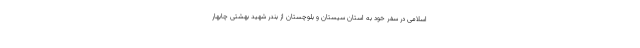
اسلامی در سفر خود به استان سیستان و بلوچستان از بندر شهید بهشتی چابهار